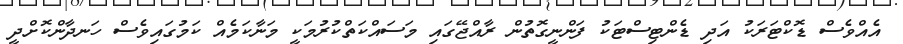
އެއްވެސް ޑޮކްޓަރަކު އަދި ޑެންޓިސްޓަކު ފަންނީގޮތުން ރާއްޖޭގައި މަސައްކަތްކުރުމަކީ މަނާކަމެއް ކަމުގައިވެސް ހަނދާންކޮށްދީ